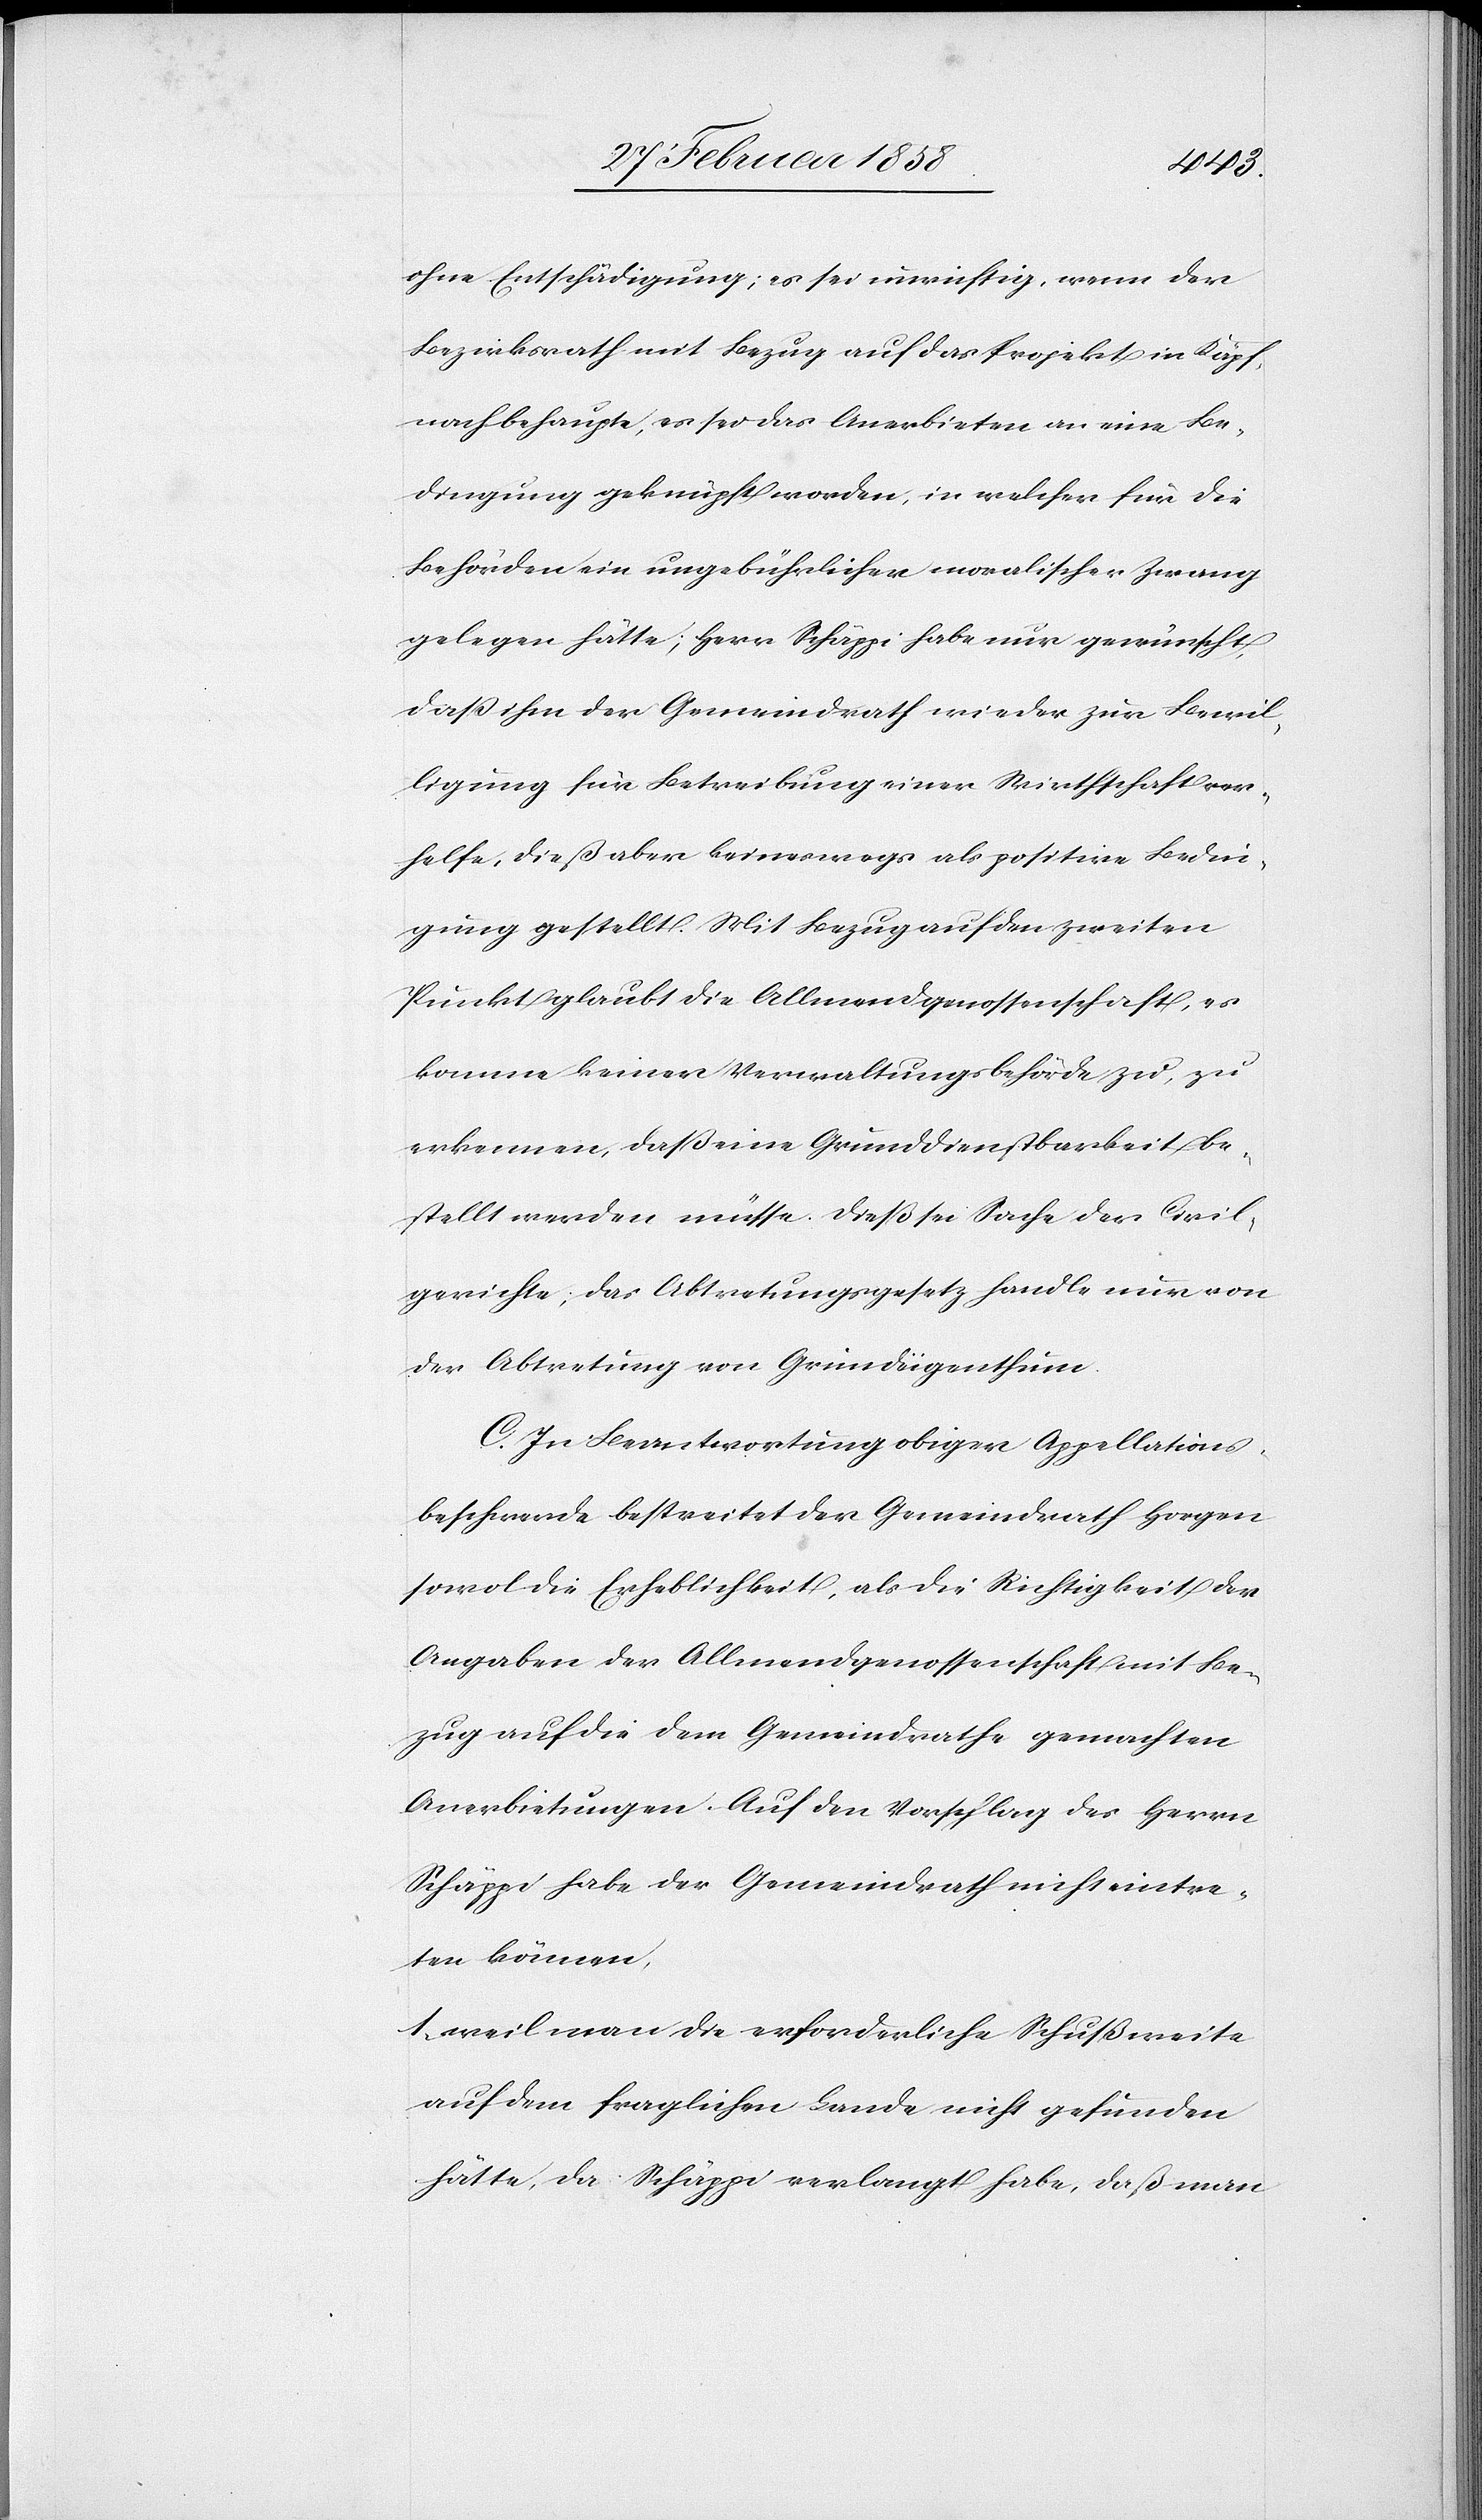
ohne Entschädigung; es sei unrichtig, wenn der
Bezirksrath mit Bezug auf das Projekt in Käpf¬
nach behaupte, es sei das Anerbieten an eine Be¬
dingung geknüpft worden, in welcher für die
Behörden ein ungebührlicher moralischer Zwang
gelegen hätte, Herr Schäppi habe nur gewünscht,
daß ihm der Gemeindrath wieder zur Bewil¬
ligung für Betreibung einer Wirthschaft ver¬
helfe, dieß aber keineswegs als positive Bedin¬
gung gestellt. Mit Bezug auf den zweiten
Punkt glaubt die Allmendgenossenschaft, es
komme keiner Verwaltungsbehörde zu, zu
erkennen, daß eine Grunddienstbarkeit be¬
stellt werden müsse. Dieß sei Sache der Civil¬
gerichte, das Abtretungsgesetz handle nur von
der Abtretung von Gemeindeigenthum.
C. In Beantwortung obiger Appellations¬
beschwerde bestreitet der Gemeindrath Horgen
sowol die Erheblichkeit, als die Richtigkeit der
Angaben der Allmendgenossenschaft mit Be¬
zug auf die dem Gemeindrathe gemachten
Anerbietungen. Auf den Vorschlag des Herrn
Schäppi habe der Gemeindrath nicht eintre¬
ten können,
1. weil man die erforderliche Schußweite
auf dem fraglichen Lande nicht gefunden
hätte, da Schäppi verlangt habe, daß man